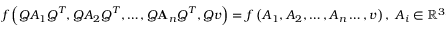
f \left( \boldsymbol { Q } \boldsymbol { A } _ { 1 } \boldsymbol { Q } ^ { T } , \boldsymbol { Q } \boldsymbol { A } _ { 2 } \boldsymbol { Q } ^ { T } , \ldots , \boldsymbol { Q } \mathbf { A } _ { n } \boldsymbol { Q } ^ { T } , \boldsymbol { Q } \boldsymbol { v } \right) = f \left( \boldsymbol { A } _ { 1 } , \boldsymbol { A } _ { 2 } , \ldots , \boldsymbol { A } _ { n } \ldots , \boldsymbol { v } \right) , \; \boldsymbol { A } _ { i } \in \mathbb { R } ^ { 3 \times 3 } , \; \boldsymbol { v } \in \mathbb { R } ^ { 1 \times 3 } , \; \boldsymbol { Q } \in O ( 3 ) ,